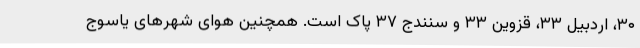
۳۰، اردبیل ۳۳، قزوین ۳۳ و سنندج ۳۷ پاک است. همچنین هوای شهرهای یاسوج